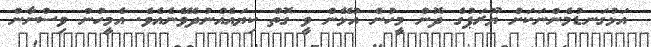
އަޅުގަނޑުމެންނަކަށް ޔޫރަޕުގެ ދޮން މީހުން އުޅޭން ވީ ގޮތް ކިޔައެއްނުދެވޭނެއެވެ. އެމީހުން ވިސްނާން